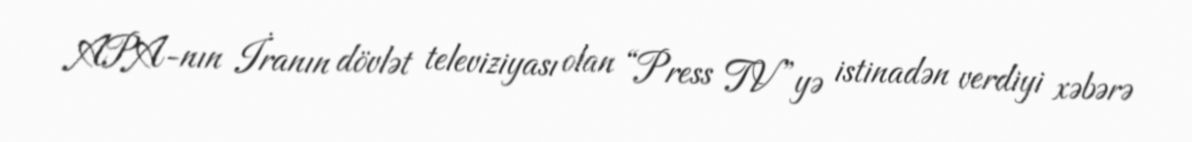
APA-nın İranın dövlət televiziyası olan “Press TV”yə istinadən verdiyi xəbərə